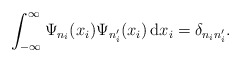
\begin{align*}\int_{-\infty}^{\infty}\Psi_{n_i}(x_i)\Psi_{n_i'}(x_i)\,\mathrm{d}x_i=\delta_{n_in_i'}.\end{align*}